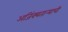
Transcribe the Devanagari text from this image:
अजिंक्‍यतार्‍याची